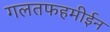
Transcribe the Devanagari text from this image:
गलतफहमीईन